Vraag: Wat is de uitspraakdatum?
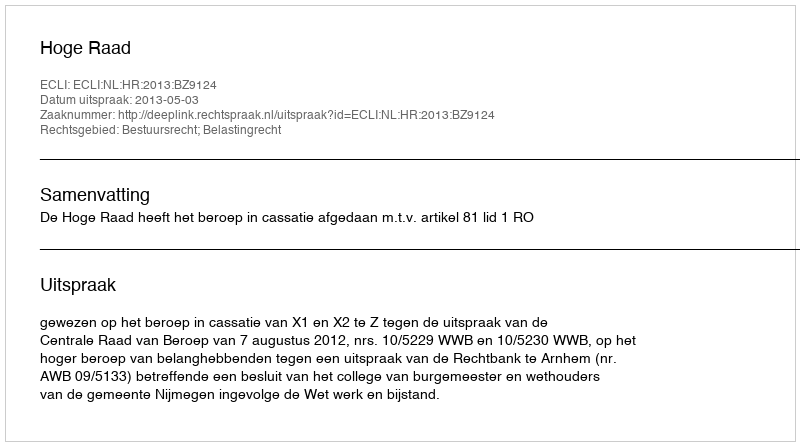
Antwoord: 2013-05-03